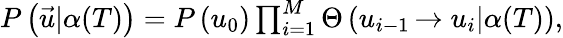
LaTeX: \begin{array}{r}{P\left(\vec{u}|\alpha(T)\right)=P\left(u_{0}\right)\prod_{i=1}^{M}\Theta\left(u_{i-1}\left.\rightarrow u_{i}\right|\alpha(T)\right),}\end{array}